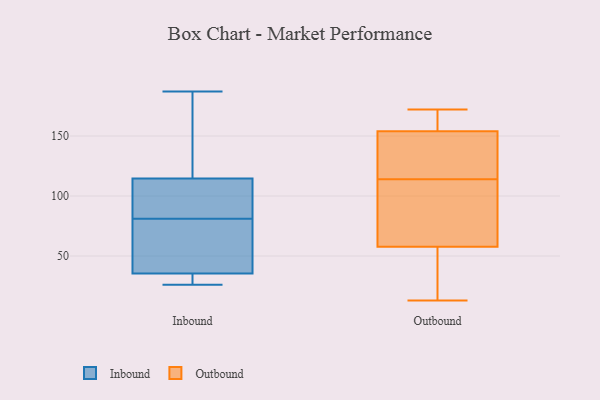
{"axis": {"x": "Budget (USD K)", "y": "Value"}, "legend": ["Inbound", "Outbound"], "data": [{"x": "", "y": 40, "type": "Inbound"}, {"x": "", "y": 115, "type": "Inbound"}, {"x": "", "y": 78, "type": "Inbound"}, {"x": "", "y": 96, "type": "Inbound"}, {"x": "", "y": 26, "type": "Inbound"}, {"x": "", "y": 187, "type": "Inbound"}, {"x": "", "y": 108, "type": "Inbound"}, {"x": "", "y": 184, "type": "Inbound"}, {"x": "", "y": 55, "type": "Inbound"}, {"x": "", "y": 31, "type": "Inbound"}, {"x": "", "y": 159, "type": "Inbound"}, {"x": "", "y": 113, "type": "Inbound"}, {"x": "", "y": 27, "type": "Inbound"}, {"x": "", "y": 81, "type": "Inbound"}, {"x": "", "y": 34, "type": "Inbound"}, {"x": "", "y": 13, "type": "Outbound"}, {"x": "", "y": 114, "type": "Outbound"}, {"x": "", "y": 69, "type": "Outbound"}, {"x": "", "y": 94, "type": "Outbound"}, {"x": "", "y": 171, "type": "Outbound"}, {"x": "", "y": 62, "type": "Outbound"}, {"x": "", "y": 149, "type": "Outbound"}, {"x": "", "y": 169, "type": "Outbound"}, {"x": "", "y": 45, "type": "Outbound"}, {"x": "", "y": 33, "type": "Outbound"}, {"x": "", "y": 139, "type": "Outbound"}, {"x": "", "y": 115, "type": "Outbound"}, {"x": "", "y": 172, "type": "Outbound"}]}